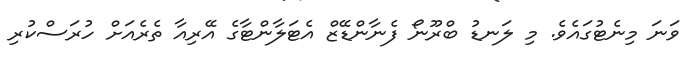
ވަނަ މިނެޓުގައެވެ. މި ލަނޑު ބްރޫނޯ ފެނާންޑޭޒް އެޓަލާންޓާގެ އޭރިއާ ތެރެއަށް ހުރަސްކުރި